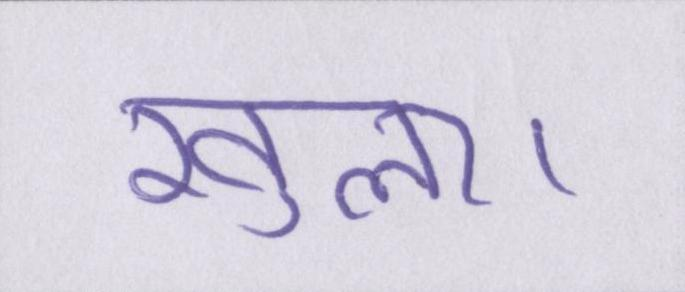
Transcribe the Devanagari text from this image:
खुला।